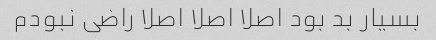
بسیار بد بود اصلا اصلا اصلا راضی نبودم